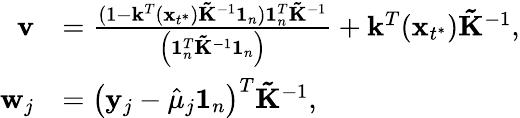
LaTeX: \begin{array}{rl}{\mathbf{v}}&{=\frac{(1-\mathbf k^{T}(\mathbf x_{t^{*}})\mathbf{\tilde{K}}^{-1}\mathbf 1_{n})\mathbf{1}_{n}^{T}{\mathbf{\tilde{K}}}^{-1}}{\left(\mathbf{1}_{n}^{T}{\mathbf{\tilde{K}}}^{-1}\mathbf{1}_{n}\right)}+\mathbf k^{T}(\mathbf x_{t^{*}})\mathbf{\tilde{K}}^{-1},}\\ {\mathbf{w}_{j}}&{=\left(\mathbf{y}_{j}-\hat{\mu}_{j}\mathbf{1}_{n}\right)^{T}\mathbf{\tilde{K}}^{-1},}\end{array}